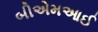
બીએમઆઈ